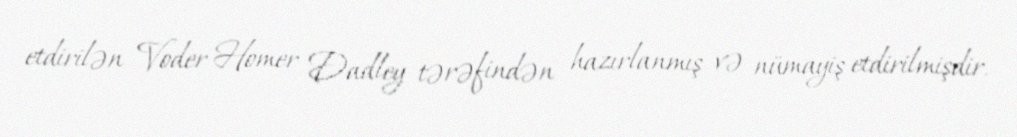
etdirilən Voder Homer Dadley tərəfindən hazırlanmış və nümayiş etdirilmişdir.